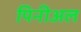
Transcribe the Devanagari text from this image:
पिनीअल